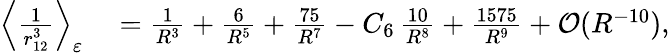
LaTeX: \begin{array}{rl}{\Big\langle\frac{1}{r_{12}^{3}}\Big\rangle_{\varepsilon}}&{{}=\frac{1}{R^{3}}+\frac{6}{R^{5}}+\frac{75}{R^{7}}-C_{6}\, \frac{10}{R^{8}}+\frac{1575}{R^{9}}+\mathcal{O}(R^{-10}),}\end{array}